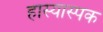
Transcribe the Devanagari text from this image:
हास्यास्पक